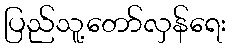
ပြည်သူ့တော်လှန်ရေး